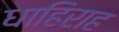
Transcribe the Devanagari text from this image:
धाहिराह